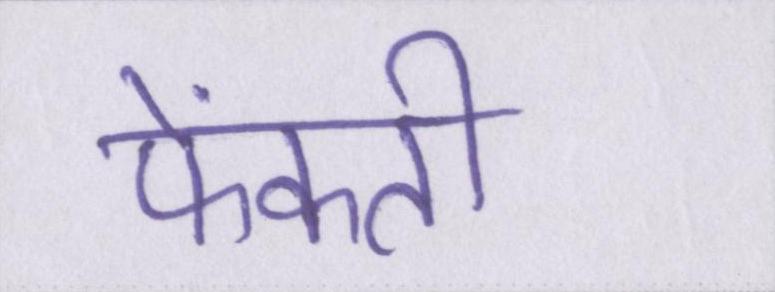
फेंकती